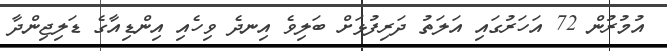
އުމުރުން 72 އަހަރުގައި އަލަތު ދަރިފުޅަށް ބަލިވެ އިނދެ ވިހެއި އިންޑިއާގެ ޑަލިޖިންދާ